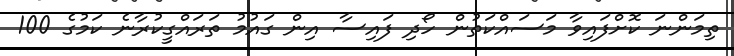
ތިމަންނަ ކޮށްފައިވާ މަސައްކަތުން ހޯދި ފައިސާ އިން ގައުމު ތަރައްގީކުރާނެ ކަމުގެ 100